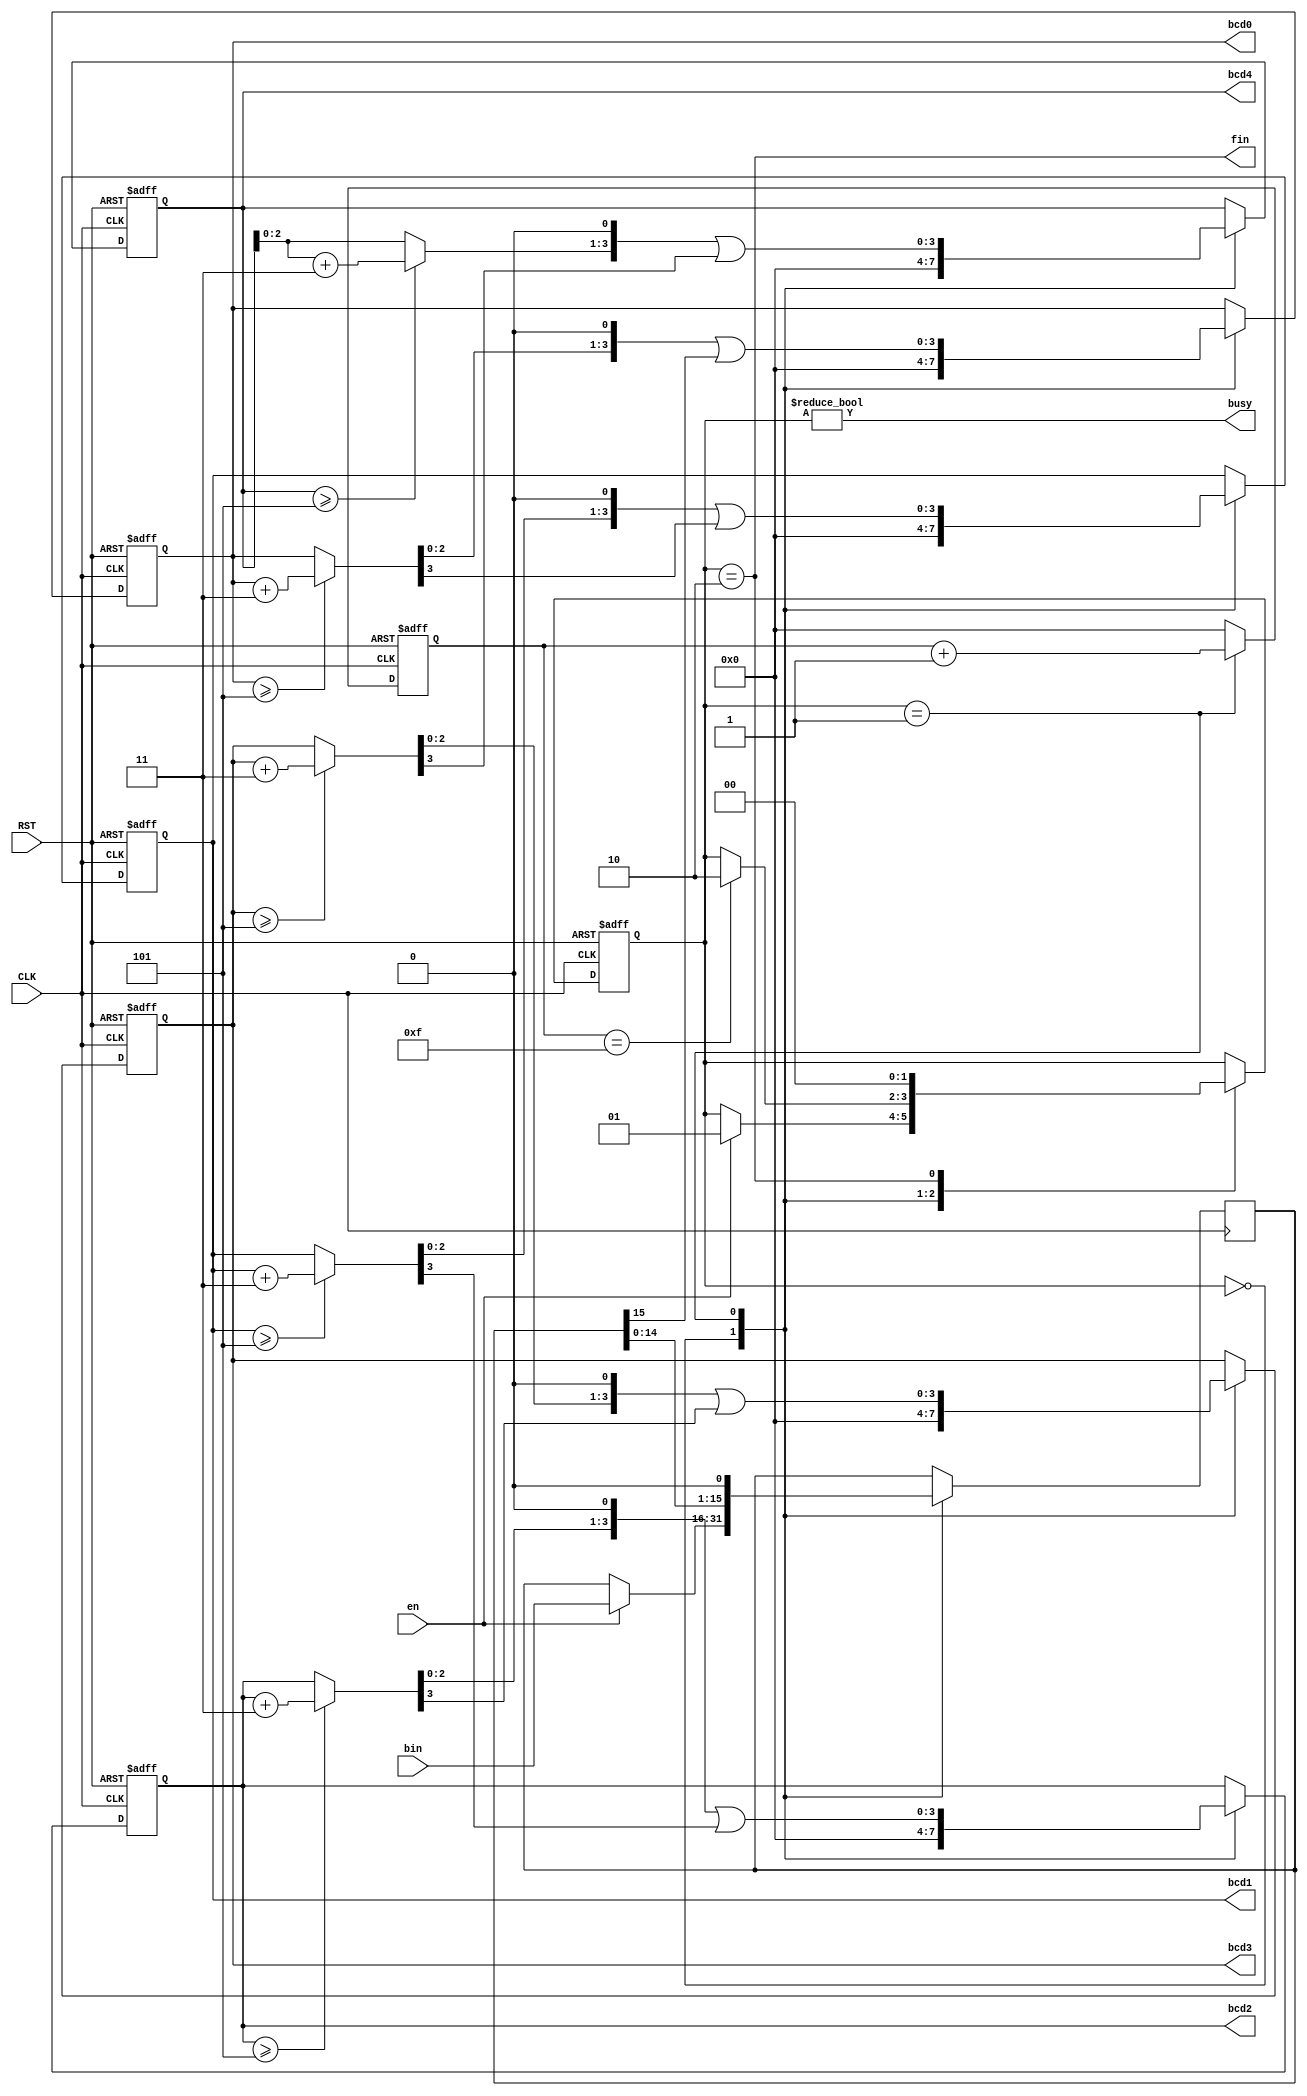
module bin2bcd16 #( parameter DATA_WIDTH = 16 )
  (
   input        CLK,
   input        RST,

   input        en,
   input [DATA_WIDTH-1:0] bin,

   output [3:0] bcd0,
   output [3:0] bcd1,
   output [3:0] bcd2,
   output [3:0] bcd3,
   output [3:0] bcd4,

   output       busy,
   output       fin
   );

   reg  [DATA_WIDTH-1:0]   bin_r    ;
   reg  [3:0]              bitcount ;
   reg  [3:0]              bcd[0:4] ;
   wire [3:0]              bcdp[0:4];

   assign bcd0 = bcd[0];
   assign bcd1 = bcd[1];
   assign bcd2 = bcd[2];
   assign bcd3 = bcd[3];
   assign bcd4 = bcd[4];

   localparam s_idle = 2'b00;
   localparam s_busy = 2'b01;
   localparam s_fin  = 2'b10;
   reg [1:0]    state;
   
   assign busy = state != s_idle;
   assign fin  = state == s_fin ;

   always @(posedge CLK or negedge RST)
     if (!RST) begin
        state <= s_idle;
     end else begin
        case (state)
          s_idle: 
            if (en)
              state <= s_busy;

          s_busy:
            if (bitcount == 4'd15)
              state <= s_fin;

          s_fin:
            state <= s_idle;

          default: ;
        endcase
     end

   always @(posedge CLK) begin
      case (state)
        s_idle: 
          if (en)
            bin_r <= bin;
        s_busy:
          bin_r <= {bin_r[DATA_WIDTH-2:0], 1'b0};
        default: ;
      endcase
   end

   always @(posedge CLK or negedge RST)
     if (!RST) begin
        bitcount <= 4'd0;
     end else begin
        case (state)
          s_busy: 
            bitcount <= bitcount + 4'd1;

          default: 
            bitcount <= 4'd0;
        endcase
     end

   generate
      genvar g;

      for (g=0; g<=4; g=g+1) begin : GEN_BCD

         wire [3:0] s;
         wire [3:0] prev;

         assign bcdp[g] = (bcd[g] >= 4'd5) ? bcd[g] + 4'd3 : bcd[g];

         if (g != 0) begin
            assign prev = bcdp[g-1];
         end else begin // if (g != 0)
            assign prev = {bin_r[DATA_WIDTH-1], 3'b0};
         end
         assign s 
           = ((bcdp[g] << 1) | (prev >> 3));

         always @(posedge CLK or negedge RST)
           if (!RST) begin
              bcd[g] <= 4'd0;
           end else begin
              case (state)
                s_idle: 
                  bcd[g] <= 4'd0;

                s_busy:
                  bcd[g] <= s;

                default: ;
              endcase
           end

      end
   endgenerate

endmodule